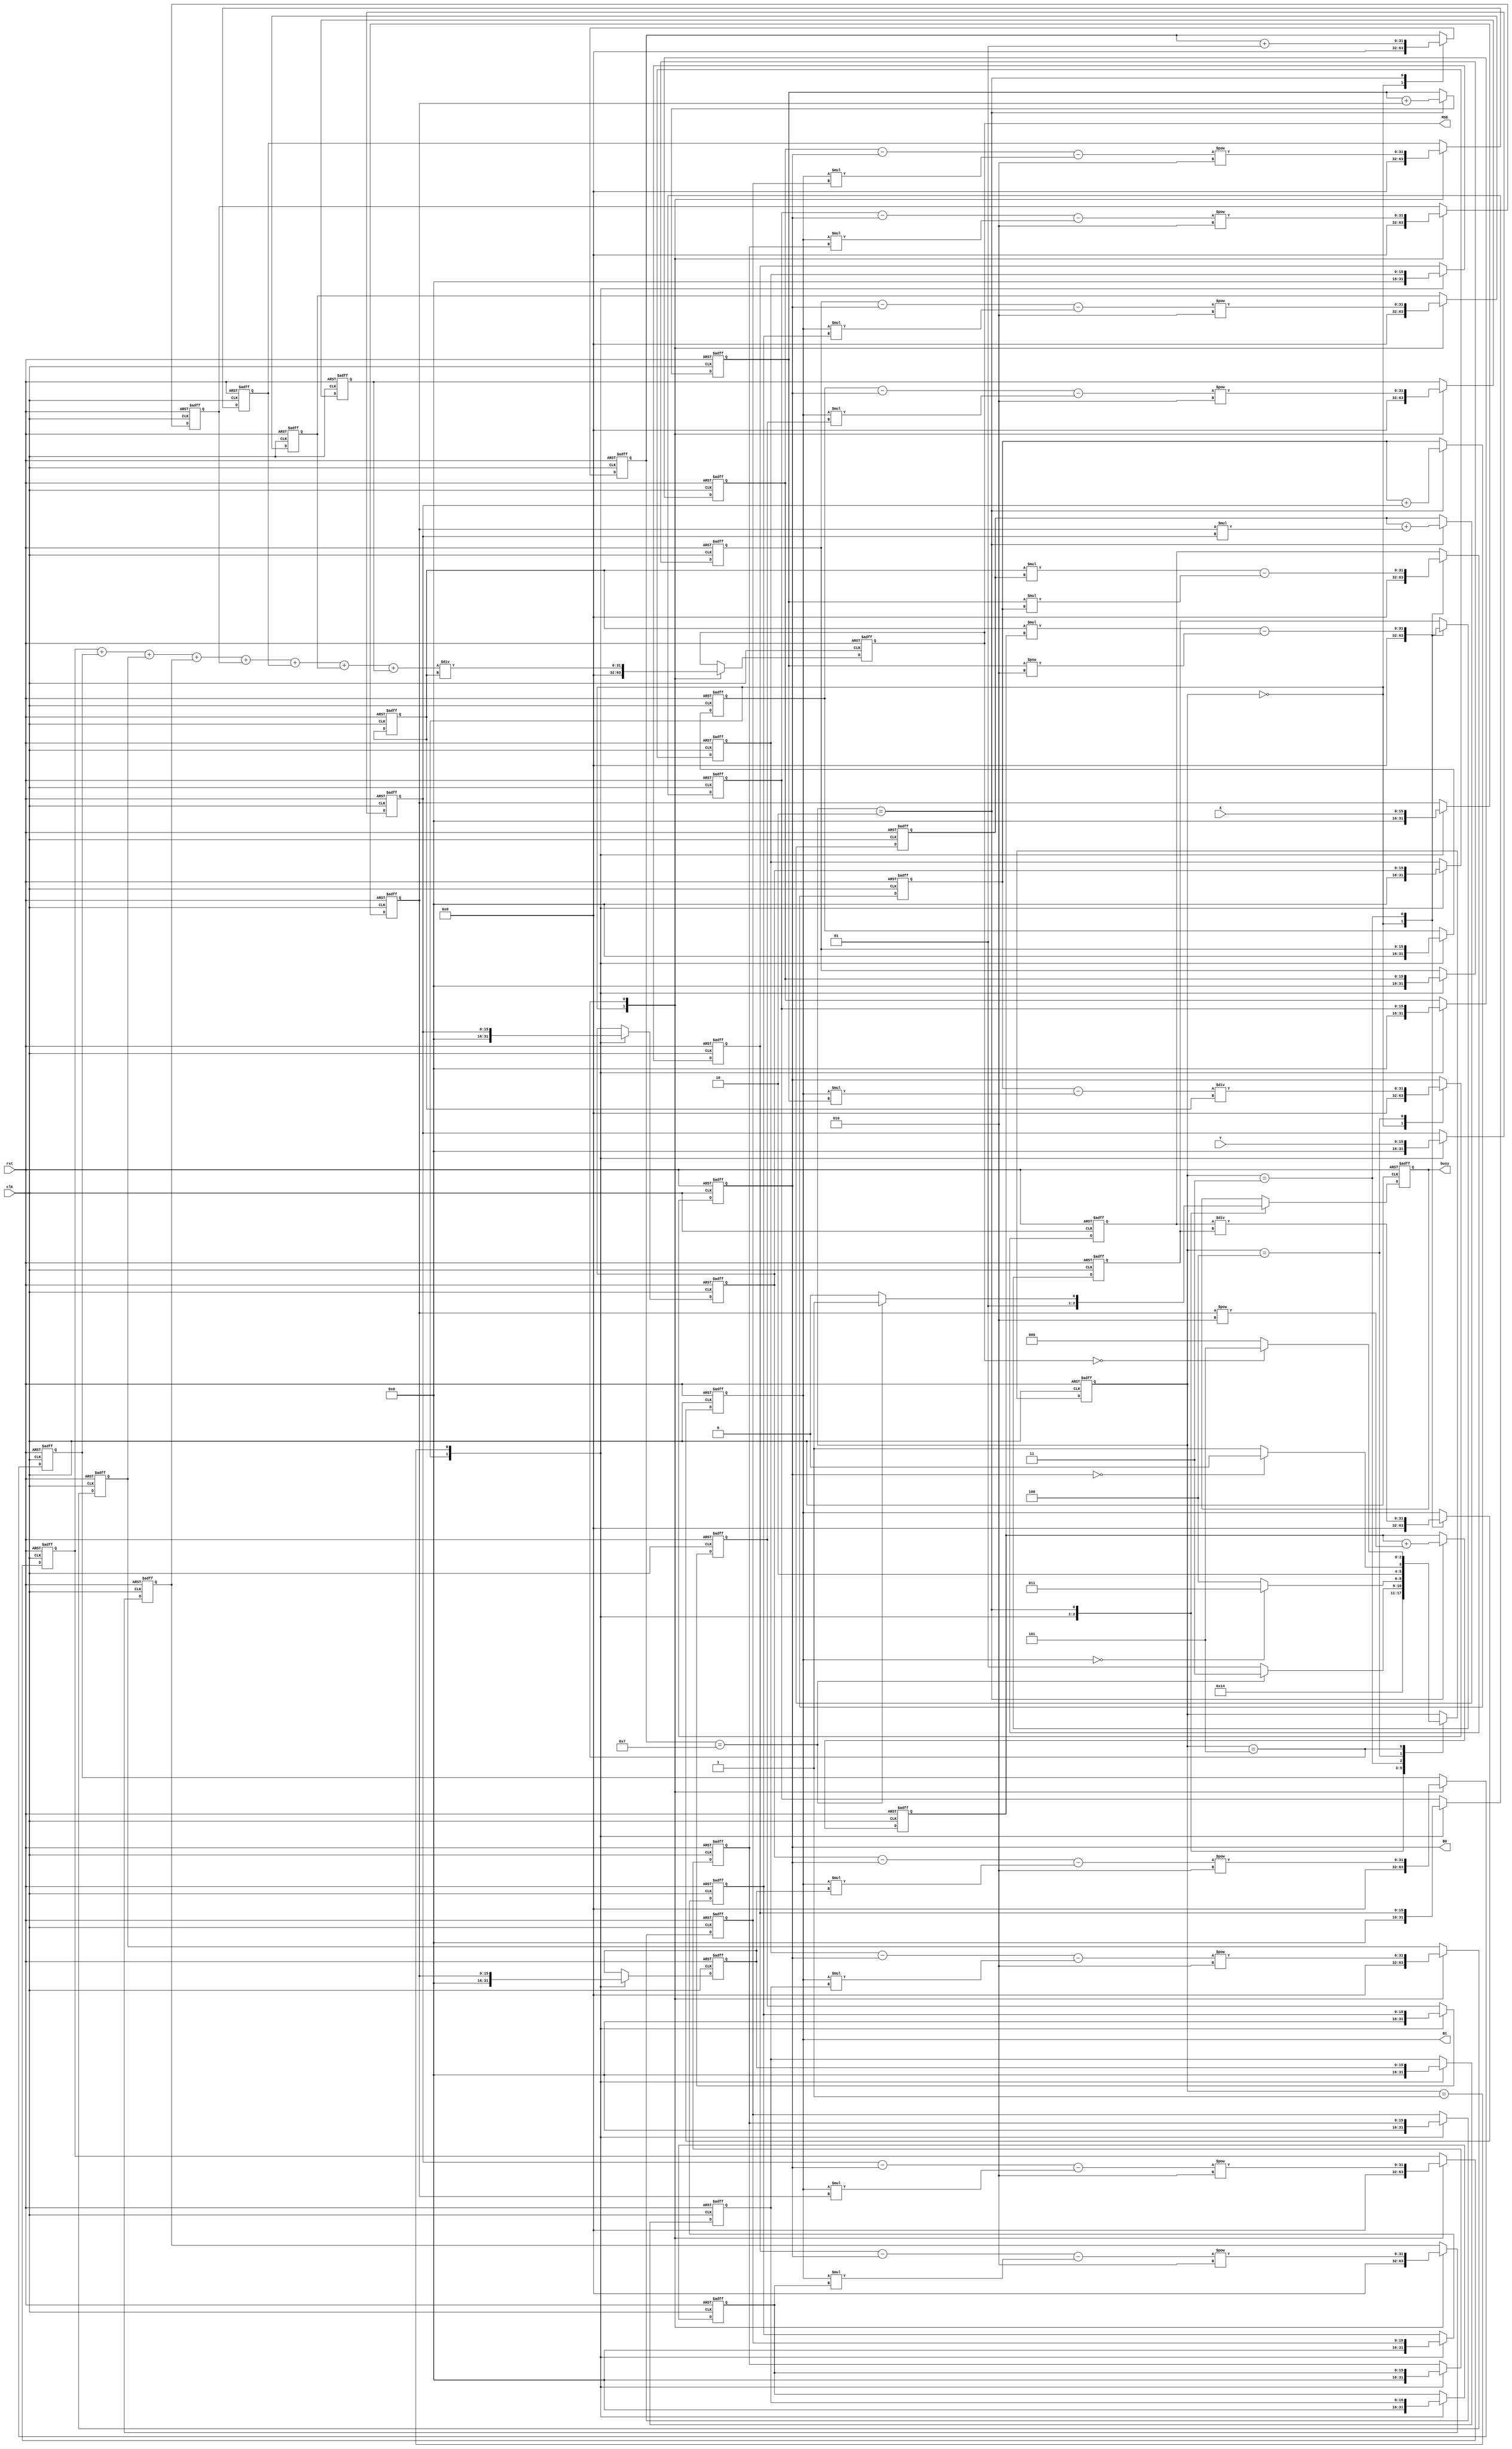
module Linear_Regression( 
    input clk, 
    input rst, 
    input signed [15:0] X, 
    input signed [15:0] Y, 
    output reg [31:0] B1,
    output reg [31:0] B0, 
    output reg [31:0] MSE,
    output reg busy
        );
//===================================================================
reg signed [15:0] tempx;
reg signed [15:0] tempy;

reg signed [15:0] tempx1,tempx2,tempx3,tempx4,tempx5,tempx6,tempx7;
reg signed [15:0] tempy1,tempy2,tempy3,tempy4,tempy5,tempy6,tempy7;

reg signed [31:0] sum_xy;

reg signed [15:0] sum_x;
reg signed [15:0] sum_y;

reg signed [31:0] sumsquare_x;

reg signed [31:0] B1_up,B1_down;

reg signed [31:0] tempMSE;
reg signed [31:0] tempMSE1,tempMSE2,tempMSE3,tempMSE4,tempMSE5,tempMSE6,tempMSE7;
//===================================================================
// data[x] represent data(t-x) 
//===================================================================
integer counter;
integer N;
//===================================================================
reg [2:0] state;
parameter IDLE=3'b000,propagateXY=3'b001,calculateXY=3'b010,calculateB1=3'b011,calculateB0=3'b100,calculateMSE=3'b101;
//===================================================================
always @(posedge clk or posedge rst) begin
    if (rst) begin
        tempx <=16'd0; tempx1<=16'd0; tempx2<=16'd0; tempx3<=16'd0;
        tempx4<=16'd0; tempx5<=16'd0; tempx6<=16'd0; tempx7<=16'd0; 

        tempy <=16'd0; tempy1<=16'd0; tempy2<=16'd0; tempy3<=16'd0;
        tempy4<=16'd0; tempy5<=16'd0; tempy6<=16'd0; tempy7<=16'd0;
 
        sum_xy<=32'd0;
        sum_x <=16'd0; 
        sum_y <=16'd0;
        sumsquare_x<=32'd0;
                
        B1_up<=32'd0; B1_down<=32'd0;
        B1<=32'd0; B0<=32'd0;

        tempMSE <=32'd0; tempMSE1<=32'd0; tempMSE2<=32'd0; tempMSE3<=32'd0;
        tempMSE4<=32'd0; tempMSE5<=32'd0; tempMSE6<=32'd0; tempMSE7<=32'd0;
        MSE<=32'd0;

        counter<=0;
        N<=8;
        busy<=0;
        state<=propagateXY;
    end
    else begin
        case (state)
        //IDLE
        IDLE : begin
            busy<=0;
            counter<=0;
            state <= propagateXY;

            tempx <=16'd0; tempx1<=16'd0; tempx2<=16'd0; tempx3<=16'd0;
            tempx4<=16'd0; tempx5<=16'd0; tempx6<=16'd0; tempx7<=16'd0; 

            tempy <=16'd0; tempy1<=16'd0; tempy2<=16'd0; tempy3<=16'd0;
            tempy4<=16'd0; tempy5<=16'd0; tempy6<=16'd0; tempy7<=16'd0; 
            
            B1_up<=32'd0; B1_down<=32'd0;
            B1<=32'd0; B0<=32'd0;

            tempMSE <=32'd0; tempMSE1<=32'd0; tempMSE2<=32'd0; tempMSE3<=32'd0;
            tempMSE4<=32'd0; tempMSE5<=32'd0; tempMSE6<=32'd0; tempMSE7<=32'd0;
            MSE<=32'd0;
        end
        //propagateXY
        propagateXY : begin
		
            tempx<= X; tempy<= Y;
            busy <= 1;
          
            tempx1 <= tempx  ; tempy1 <= tempy ;
            tempx2 <= tempx1 ; tempy2 <= tempy1;
            tempx3 <= tempx2 ; tempy3 <= tempy2;
            tempx4 <= tempx3 ; tempy4 <= tempy3;
            tempx5 <= tempx4 ; tempy5 <= tempy4;
            tempx6 <= tempx5 ; tempy6 <= tempy5;
            tempx7 <= tempx6 ; tempy7 <= tempy6;
                
            state <= calculateXY;

        end
        //calculateXY
        calculateXY : begin
            //top and left sigma : sigma x * y
            sum_xy <= sum_xy + (tempx * tempy);
             
            //top and right sigma : sigma x * sigma y
            sum_x <= sum_x + tempx;
            sum_y <= sum_y + tempy;
               
            //bottom and left sigma : sigma of square x
            sumsquare_x  <= sumsquare_x + (tempx**2);

			
            counter <= counter+1;
            if (counter== 7)begin 
                state <= calculateB1; 
                busy  <= 1; 
            end
            else begin 
                state <= propagateXY;
                busy  <= 0;
            end           
        end
        //calculate B1
        calculateB1 : begin
            B1_up   <= (N * sum_xy) - (sum_x * sum_y) ;
            B1_down <= (N * sumsquare_x) - (sum_x)**2 ;
            B1      <= B1_up / B1_down ;
			
            if (B1 == 0) begin state <= calculateB1; end
            else begin state <= calculateB0;
            end     
        end
        //calculate B0
        calculateB0 : begin
            B0 <= ( sum_y-(B1 * sum_x) ) / N;
            
            if (B0 == 0) begin state <= calculateB0; end
            else begin state <= calculateMSE; 
            end
        end
        //calculate MSE
        calculateMSE : begin
            tempMSE  <= (tempy -B0-B1*tempx )**2;
            tempMSE1 <= (tempy1-B0-B1*tempx1)**2;
            tempMSE2 <= (tempy2-B0-B1*tempx2)**2;
            tempMSE3 <= (tempy3-B0-B1*tempx3)**2;
            tempMSE4 <= (tempy4-B0-B1*tempx4)**2;
            tempMSE5 <= (tempy5-B0-B1*tempx5)**2;
            tempMSE6 <= (tempy6-B0-B1*tempx6)**2;
            tempMSE7 <= (tempy7-B0-B1*tempx7)**2;
			
            MSE <= (tempMSE + tempMSE1 + tempMSE2 + tempMSE3 + tempMSE4 + tempMSE5 + tempMSE6 + tempMSE7) / N;
			
            if (MSE == 0) begin state <= calculateMSE; end
            else begin state <= IDLE;
            end
        end
        endcase         
    end
end     

endmodule